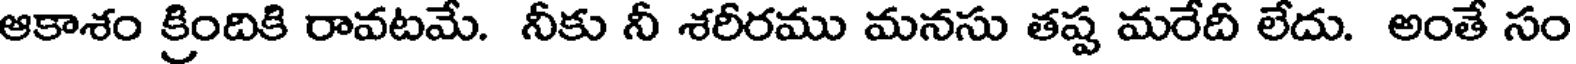
ఆకాశం క్రిందికి రావటమే. నీకు నీ శరీరము మనసు తష్ట మరేదీ లేదు. అంతే సం